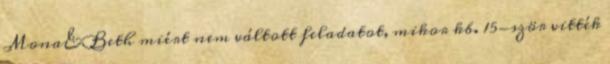
Mona&Beth miért nem váltott feladatot, mikor kb. 15-ször vitték